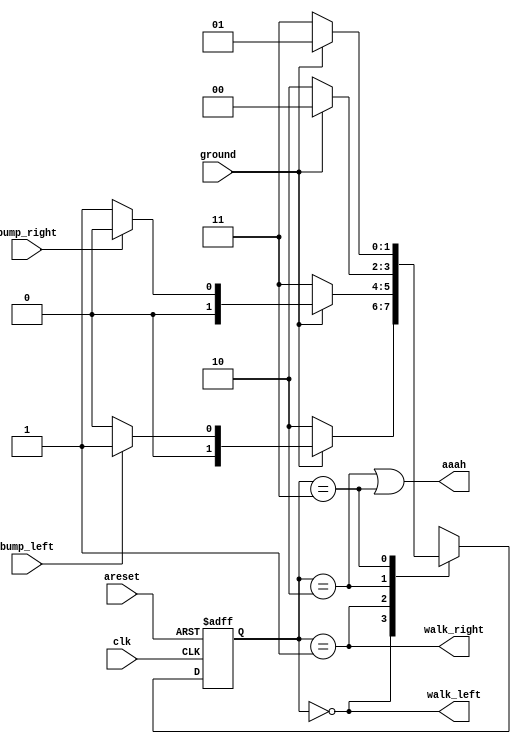
module top_module(
    input clk,
    input areset,    // Freshly brainwashed Lemmings walk left.
    input bump_left,
    input bump_right,
    input ground,
    output walk_left,
    output walk_right,
    output aaah ); 
    
    parameter L=0,R=1,LF=2,RF=3;
    reg [1:0] state, next_state;
    
    always @(*) begin
        case(state)
            L: next_state = (~ground)? LF : (bump_left)? R : L;
            R: next_state = (~ground)? RF : (bump_right)? L : R;
            LF: next_state = (ground)? L : LF;
            RF: next_state = (ground)? R : RF;
        endcase
    end
    
    always @(posedge clk or posedge areset) begin
        if (areset)
            state <= L;
        else
            state <= next_state;
        
    end
    
    
    assign walk_left = (state == L);
    assign walk_right = (state == R);
    assign aaah = (state == LF) || (state == RF);


endmodule